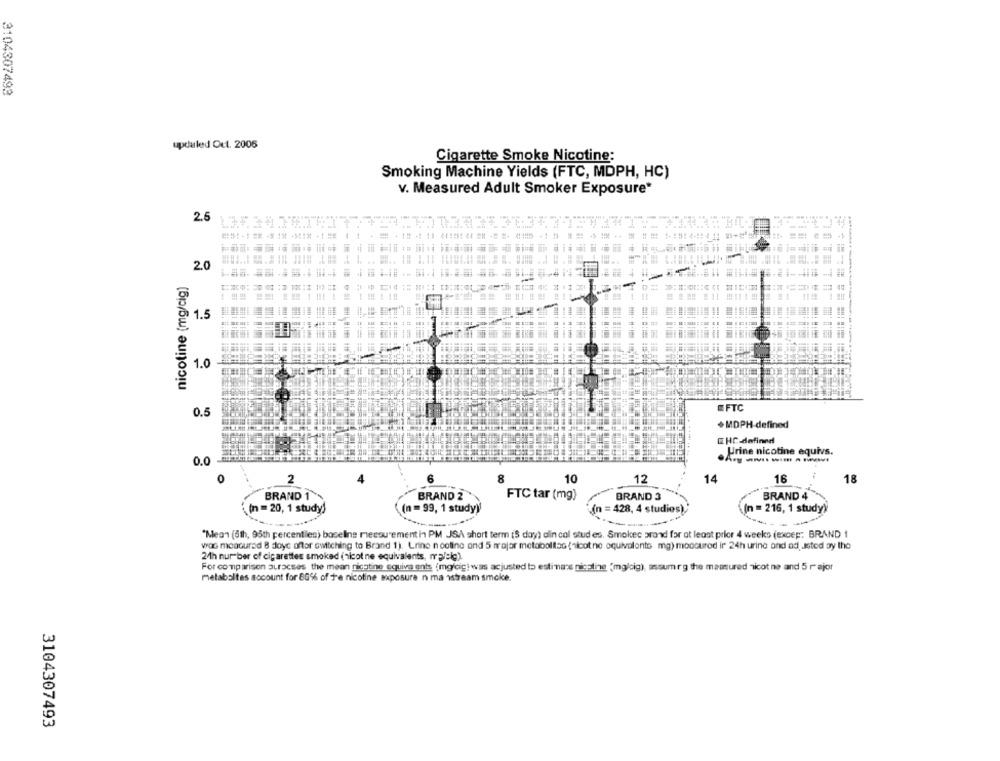
3104307493
updaled Out. 2005
Cigarette Smoke Nicotine:
Smoking Machine Yields (FTC, MDPH, HC)
v. Measured Adult Smoker Exposure*
25
13.5.3
2.0
nicotine (mg/cig)
1.5
1.0
FTC
0.5
+MDPH-defined
EHC-defined
Urine nicotine equivs.
0.0
0
2
6
8
10
12
14
16
18
BRAND 2
BRAND 4
BRAND 1
FTC tar (mg)
BRAND 3
(n = 20, 1 study)
(n = 99, 1 study)
(n = 428, 4 studies),
(n = 216, 1 study)
"Mean (5th, 95th percentiles) baseline mecou ement in PM JSA short term (S day) alin cal stud es. Smokec prod for at least prior 4 weeks (excep; BRAND 1
woo modourad 8 days after switching to Brand 1). Lrino n eating and 5 m'ajar metaboliac (sicat ne equivalente mg) moccurod ir 24h urine and ad, usted ay the
24h nur ber of cigarettes smoked (nicot ne equivalents, malelg)
For comparison auracses the mean nicotine equiva ents (mgicic! was acjusted to estimate nicotine "mglsig), assumrg the massured nicot ne and 5 r ajor
metabaltes account for 86% of fe nicotine sposure n ma 1stream smoke.
3104307493